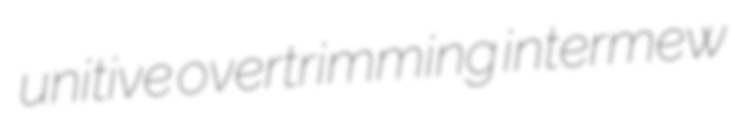
unitive overtrimming intermew